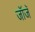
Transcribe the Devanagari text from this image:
जॉजॅ